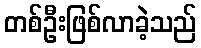
တစ်ဦးဖြစ်လာခဲ့သည်